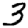
Digit: 3